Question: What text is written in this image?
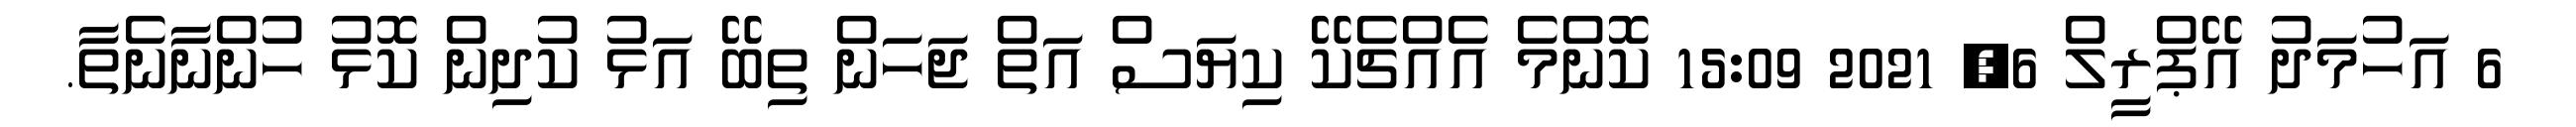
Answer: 6 އަހުމަދު އޭޕްރީލް 6, 2021 15:09 ކޮންމެ އެއްޗެކޭ ކިޔަސް އަތް ޖަހަން ތިބޭ އަޅު ކުދިން ކޮޅު ހުންނާނެތާ.